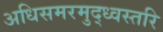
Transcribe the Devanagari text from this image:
अधिसमरमुद्ध्वस्तरि